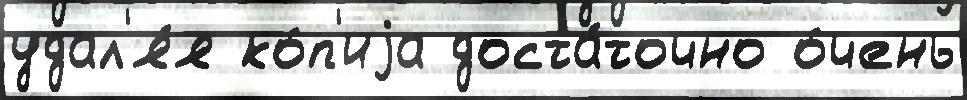
удал'я́я ко́п'иjа доста́точно о́чень